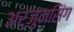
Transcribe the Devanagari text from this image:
अर्जुनसिंग